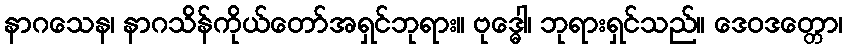
နာဂသေန၊ နာဂသိန်ကိုယ်တော်အရှင်ဘုရား။ ဗုဒ္ဓေါ၊ ဘုရားရှင်သည်။ ဒေဝဒတ္တော၊